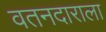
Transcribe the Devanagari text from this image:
वतनदाराला